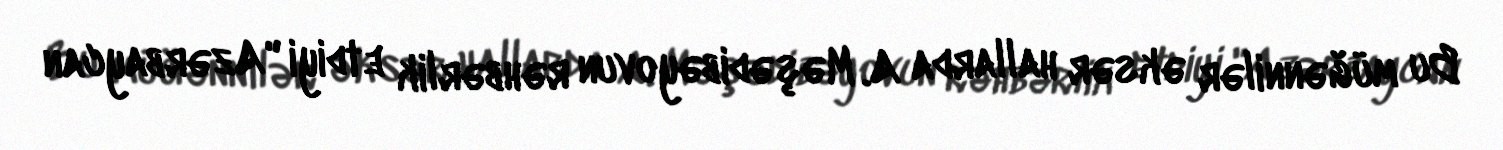
Bu müğənnilər əksər hallarda A. Məşədibəyovun rəhbərlik etdiyi "Azərbaycan